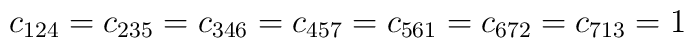
c_{124}=c_{235}=c_{346}=c_{457}=c_{561}=c_{672}=c_{713}=1